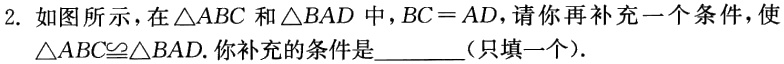
2. 如图所示，在\(\triangle ABC\)和\(\triangle BAD\)中，\(BC = AD\)，请你再补充一个条件，使\(\triangle ABC\cong\triangle BAD\). 你补充的条件是________（只填一个）.